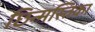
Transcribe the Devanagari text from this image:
छिन्मस्तिका